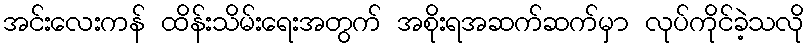
အင်းလေးကန် ထိန်းသိမ်းရေးအတွက် အစိုးရအဆက်ဆက်မှာ လုပ်ကိုင်ခဲ့သလို